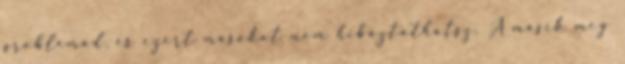
problémád, és ezért másokat nem hibáztathatsz. A másik meg